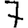
Digit: 7